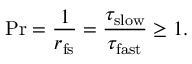
\mathrm { P r } = \frac { 1 } { r _ { \mathrm { f s } } } = \frac { \tau _ { \mathrm { s l o w } } } { \tau _ { \mathrm { f a s t } } } \ge 1 .